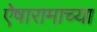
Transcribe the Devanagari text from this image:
ऐषारामाच्या